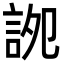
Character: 䛄